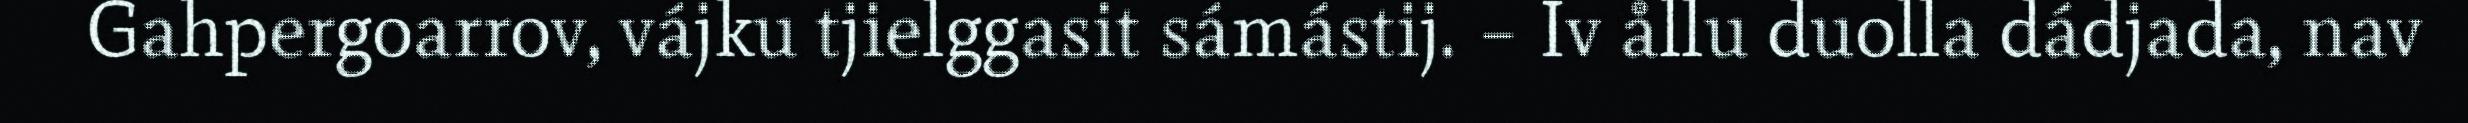
Gahpergoarrov, vájku tjielggasit sámástij. – Iv ållu duolla dádjada, nav